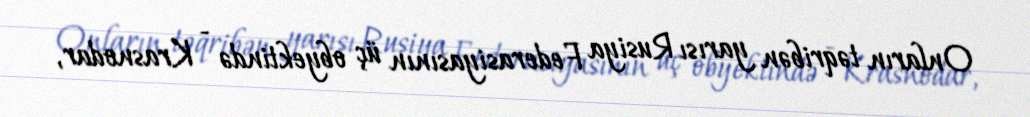
Onların təqribən yarısı Rusiya Federasiyasının üç obyektində - Krasnodar,